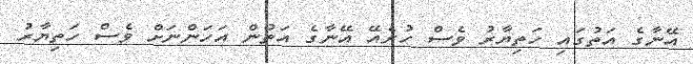
އޭނާގެ އަތުގައި ހަތިޔާރު ވެސް ހުރެއޭ އޭނާގެ އަތުން އަހަންނަށް ވެސް ހަތިޔާރު